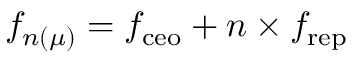
f _ { n ( \mu ) } = f _ { \mathrm { c e o } } + n \times f _ { \mathrm { r e p } }